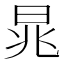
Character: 晁